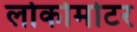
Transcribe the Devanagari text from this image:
लोकोमोटर